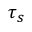
\tau _ { s }